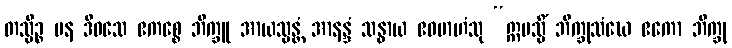
တသ္မိဉ္စ ပန ဒိဝသေ ဧကစ္စေ ဘိက္ခူ အာယသ္မန္တံ အာနန္ဒံ သန္ဓာယ ဧဝမာဟံသု “ဣမသ္မိံ ဘိက္ခုသံဃေ ဧကော ဘိက္ခု